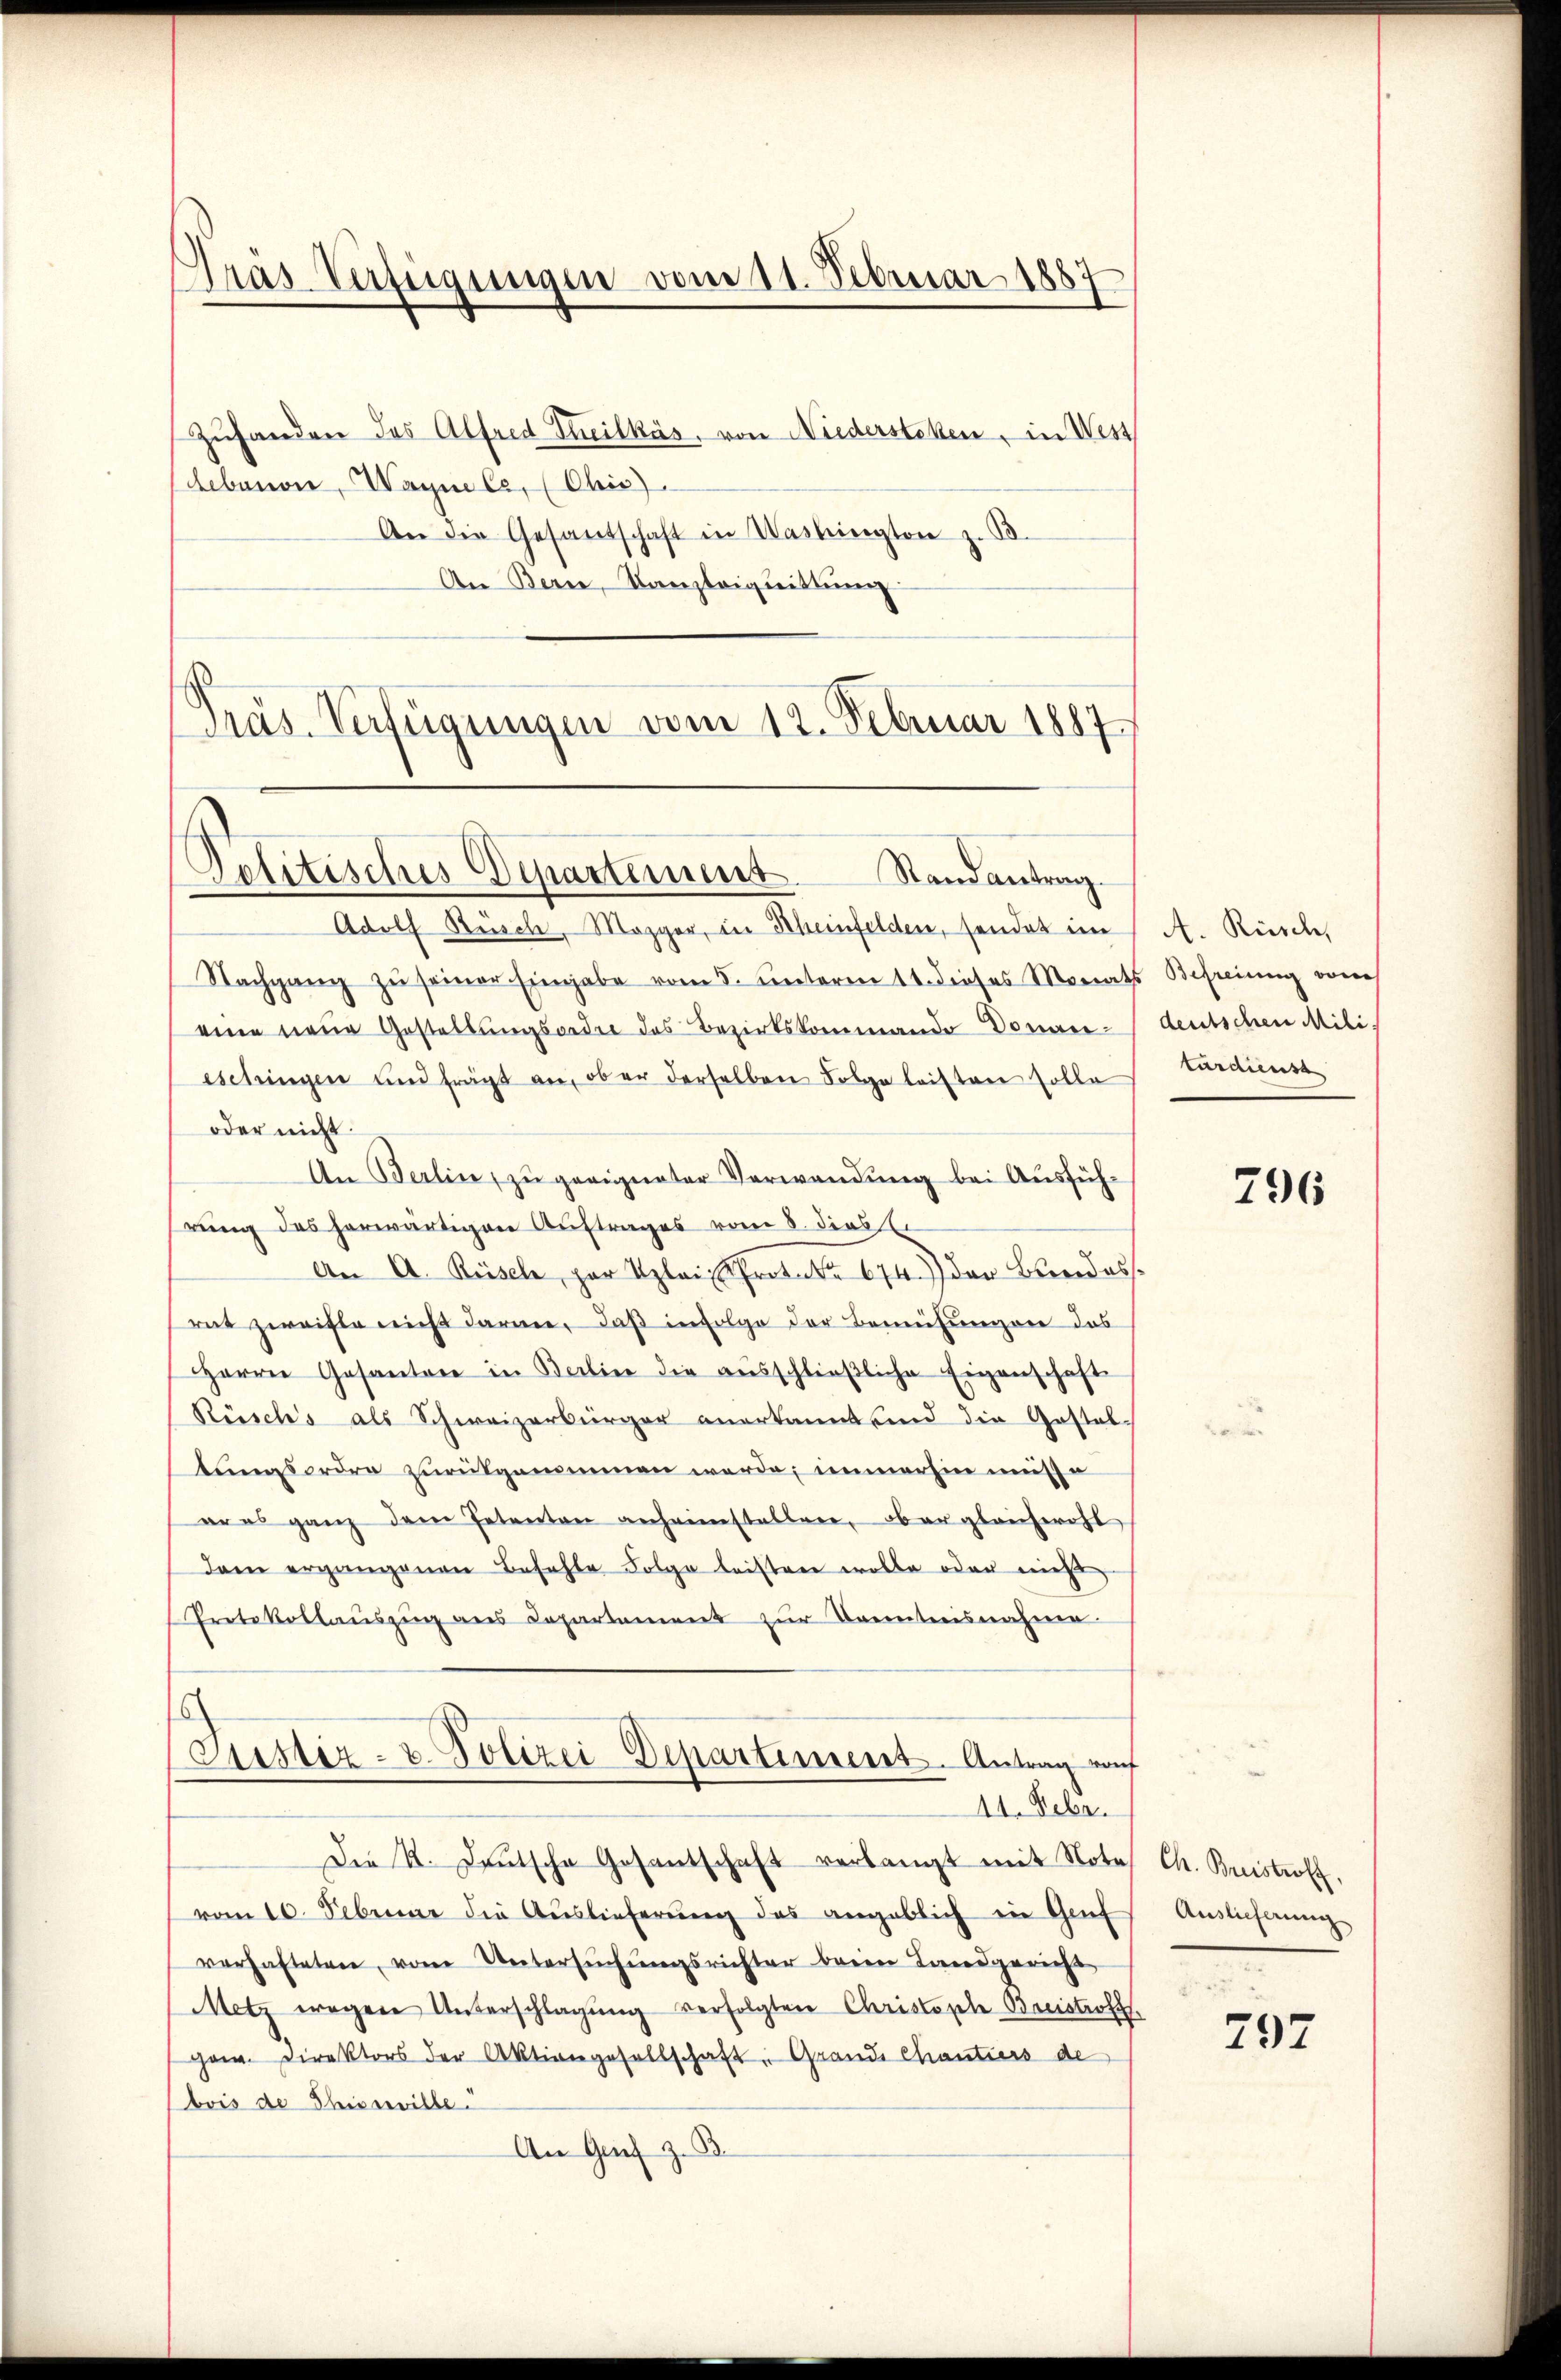
Gras Verfügungen vom 11. Februar 1887

Zŭhanden des Alfred Theilkás, von Niederstehen, in West
Lebanon, Wagne C, (Chis).
An die Gesandschaft in Washington z. B.
An Bern, Kanzleiguittung
Präs. Verfügungen vom 12. Februar 1887

Politisches Departement
Randantrag.

44. Febr.

Adolf Rüsch, Mezger, in Rheinfelden, sendet im
Nachgang zu seiner Eingabe vom 5. unterm 18. dieses Monats Befreiung vom
eine neue Gestellungsorden des Bezirkskommando Doman-
eschringen und frägt an, ober derselben Folge leisten solle
oder nicht.
An Berlin, zu geeigneter Verwendung bei Ausführung des herwärtigen Auftrages vom 8. dies l.
An A. Rüsele, par plain Proter 674.) Der Bundess
rat zweifle nicht daran, daß infolge der Bemühungen das
HHerrn Gesantone in Berlin die ausschließliche Eigenschaft
Rüsch’s als Schweizerbürger anerkannt sind die Gestal-
tungsordre zurückgenommen werde; immerhin müsse
er es ganz dem Petenten anheimstellen, ober gleichwohl
dam ergangenen Befehle Folge leisten wolle oder nicht
Protokollaŭszŭg ans Departement zŭr Trenntnisnahme
Justiz- u. Polizei Departement. Antrag auf

Der K. Deutsche Gesantschaft verlangt mit Note
vom 10. Februar die Auslieferŭng des angeblich in Genf
verhafteten, vom Untersuchungsrichter beim Landgericht
Metz wegen Unterschlagung verfolgten Christophe Breistroff
gem. Direktors der Aktiengesellschaft Grande Chantiers de
bois de Schisswille.
An Grief z. B.

A. Rüsch,
deutschen Mili
turaiensa

796

Ch. Breistroff
Auslieferung

797